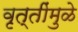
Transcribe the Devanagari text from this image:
वृत्तींमुळे